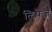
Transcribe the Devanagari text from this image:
लिपेज